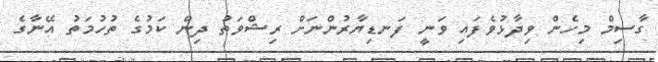
ގާސިމް މިހެން ވިދާޅުވެފައި ވަނީ ފަނޑިޔާރުންނަށް ރިޝްވަތު ދިން ކަމުގެ ތުހުމަތު އޭނާގެ